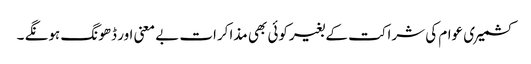
کشمیری عوام کی شراکت کے بغیرکوئی بھی مذاکرات بے معنی اور ڈھونگ ہونگے ۔